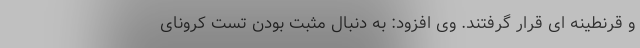
و قرنطینه ای قرار گرفتند. وی افزود: به دنبال مثبت بودن تست کرونای